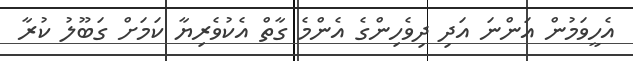
އެހީވަމުން އަންނަ އަދި ދިވެހިންގެ އެންމެ ގާތް އެކުވެރިޔާ ކަމަށް ގަބޫލު ކުރާ